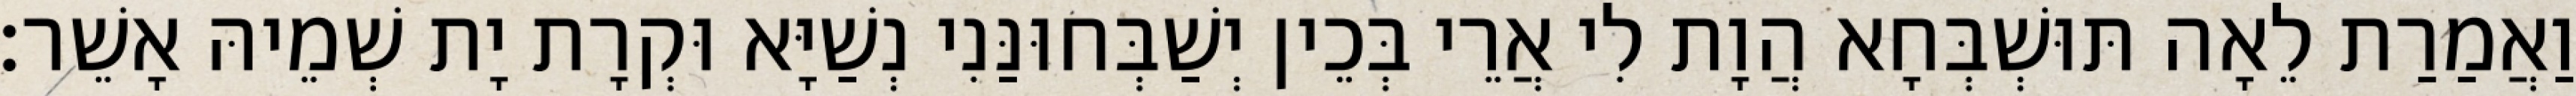
וַאֲמַרַת לֵאָה תּוּשְׁבְּחָא הֲוָת לִי אֲרֵי בְּכֵין יְשַׁבְּחוּנַּנִי נְשַׁיָּא וּקְרָת יָת שְׁמֵיהּ אָשֵׁר׃